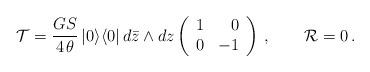
LaTeX: \begin{align*}{\cal T}=\frac{GS}{4\,\theta}\,|0\rangle\langle 0|\,d\bar{z}\wedge dz\left(\begin{array}{rr}1 & 0 \\0 & -1\end{array}\right)\, ,\qquad{\cal R}=0\, .\end{align*}